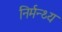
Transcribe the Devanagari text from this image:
निर्मन्थ्य